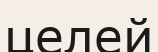
целей